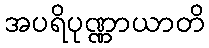
အပရိပုဏ္ဏာယာတိ